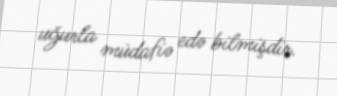
uğurla müdafiə edə bilmişdir.